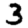
Digit: 3